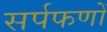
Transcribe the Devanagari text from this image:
सर्पफणों